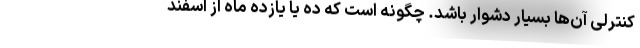
کنترلی آن‌ها بسیار دشوار باشد. چگونه است که ده یا یازده ماه از اسفند